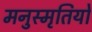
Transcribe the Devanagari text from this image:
मनुस्मृतियों